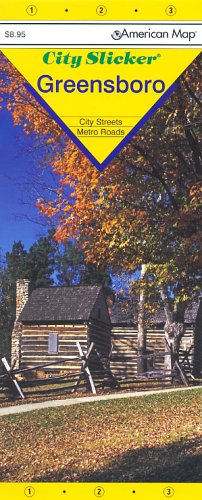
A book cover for Greensboro Nc Slicker (City Slicker); American Map Company; Travel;